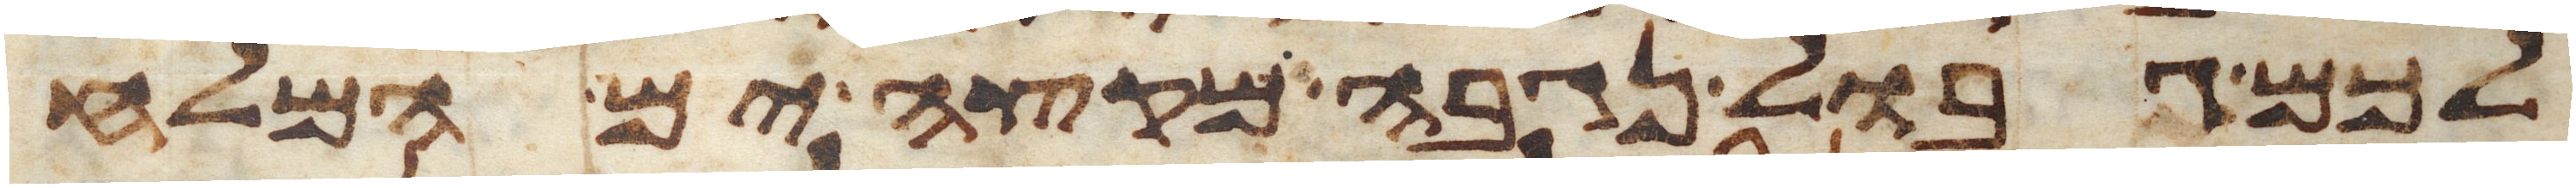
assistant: לכם גבול נגבה מקצה ים המלח